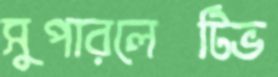
সুপারলেটিভ